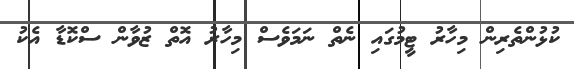
ކުޅުންތެރިން މިހާރު ޓީމުގައި ނެތް ނަމަވެސް މިހާރު އޮތް ޒުވާން ސްކޮޑާ އެކު